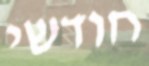
חודשי